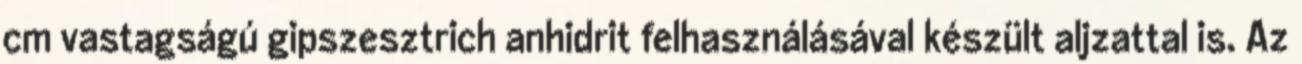
cm vastagságú gipszesztrich anhidrit felhasználásával készült aljzattal is. Az